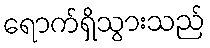
ရောက်ရှိသွားသည်